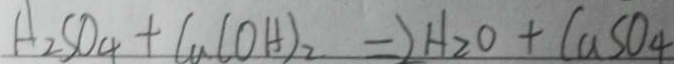
H _ { 2 } S O _ { 4 } + C u ( O H ) _ { 2 } = 2 H _ { 2 } O + C u S O _ { 4 }